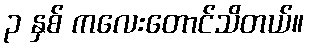
၃ နှစ် ကလေးတောင်သိတယ်။